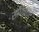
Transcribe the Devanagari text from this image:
संधिपात्र